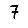
Digit: 7